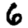
Digit: 6